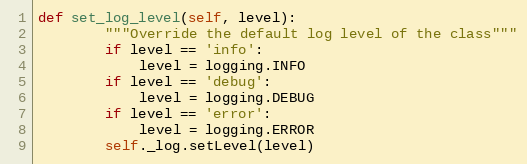
Language: Python
def set_log_level(self, level):
        """Override the default log level of the class"""
        if level == 'info':
            level = logging.INFO
        if level == 'debug':
            level = logging.DEBUG
        if level == 'error':
            level = logging.ERROR
        self._log.setLevel(level)